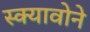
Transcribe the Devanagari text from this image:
स्क्यावोने